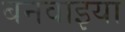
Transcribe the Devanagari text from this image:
बनवाइया